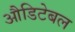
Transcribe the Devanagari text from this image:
औडिटेबल